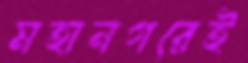
মহানগরেই